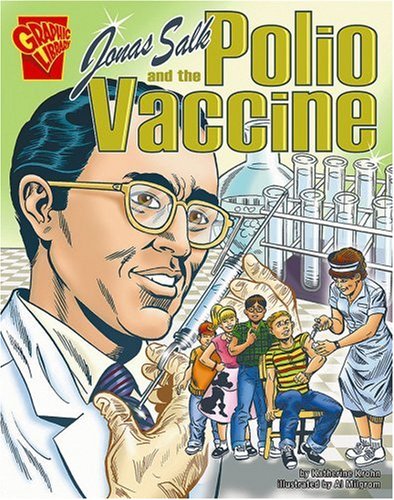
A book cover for Jonas Salk and the Polio Vaccine (Inventions and Discovery); Katherine Krohn; Children's Books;